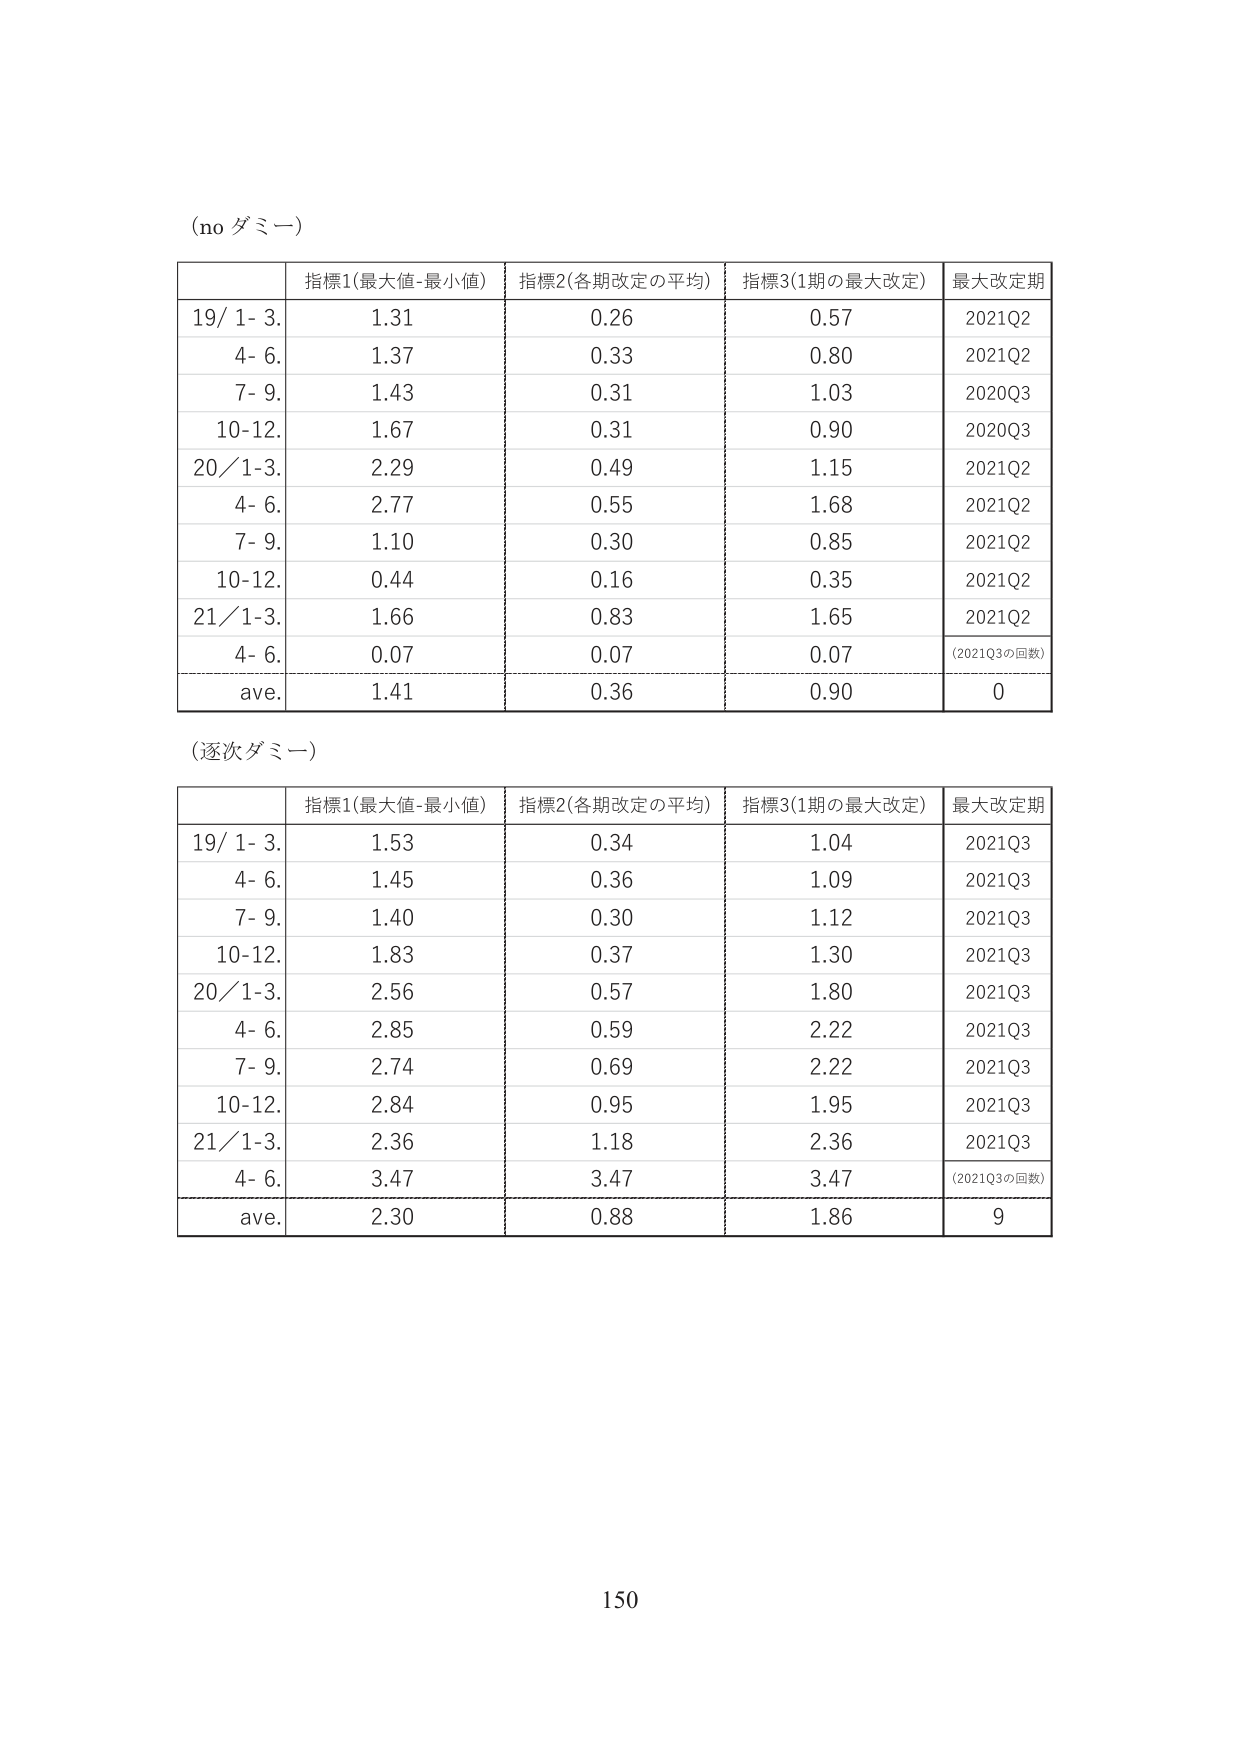
(no ダミー)

| | 指標1(最大値-最小値) | 指標2(各期改定の平均) | 指標3(1期の最大改定) | 最大改定期 |
|---|---|---|---|---|
| 19/ 1- 3. | 1.31 | 0.26 | 0.57 | 2021Q2 |
| 4- 6. | 1.37 | 0.33 | 0.80 | 2021Q2 |
| 7- 9. | 1.43 | 0.31 | 1.03 | 2020Q3 |
| 10-12. | 1.67 | 0.31 | 0.90 | 2020Q3 |
| 20/ 1-3. | 2.29 | 0.49 | 1.15 | 2021Q2 |
| 4- 6. | 2.77 | 0.55 | 1.68 | 2021Q2 |
| 7- 9. | 1.10 | 0.30 | 0.85 | 2021Q2 |
| 10-12. | 0.44 | 0.16 | 0.35 | 2021Q2 |
| 21/ 1-3. | 1.66 | 0.83 | 1.65 | 2021Q2 |
| 4- 6. | 0.07 | 0.07 | 0.07 | (2021Q3の回数) |
| ave. | 1.41 | 0.36 | 0.90 | 0 |

(逐次ダミー)

| | 指標1(最大値-最小値) | 指標2(各期改定の平均) | 指標3(1期の最大改定) | 最大改定期 |
|---|---|---|---|---|
| 19/ 1- 3. | 1.53 | 0.34 | 1.04 | 2021Q3 |
| 4- 6. | 1.45 | 0.36 | 1.09 | 2021Q3 |
| 7- 9. | 1.40 | 0.30 | 1.12 | 2021Q3 |
| 10-12. | 1.83 | 0.37 | 1.30 | 2021Q3 |
| 20/ 1-3. | 2.56 | 0.57 | 1.80 | 2021Q3 |
| 4- 6. | 2.85 | 0.59 | 2.22 | 2021Q3 |
| 7- 9. | 2.74 | 0.69 | 2.22 | 2021Q3 |
| 10-12. | 2.84 | 0.95 | 1.95 | 2021Q3 |
| 21/ 1-3. | 2.36 | 1.18 | 2.36 | 2021Q3 |
| 4- 6. | 3.47 | 3.47 | 3.47 | (2021Q3の回数) |
| ave. | 2.30 | 0.88 | 1.86 | 9 |

150